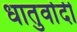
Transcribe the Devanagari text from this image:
धातुर्वादी